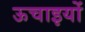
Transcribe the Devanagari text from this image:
ऊचाइयों